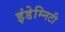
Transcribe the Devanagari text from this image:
इंडेम्निटी